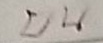
บน